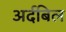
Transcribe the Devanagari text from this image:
अर्दबिल